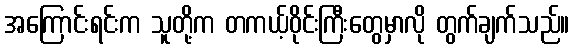
အကြောင်းရင်းက သူတို့က တကယ့်ဝိုင်းကြီးတွေမှာလို တွက်ချက်သည်။